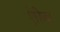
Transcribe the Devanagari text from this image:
ऐरिब्बा